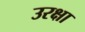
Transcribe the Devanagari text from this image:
उरक्षा